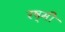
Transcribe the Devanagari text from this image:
रष्मी